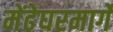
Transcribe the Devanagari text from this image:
मेंढेघरमार्गे